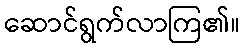
ဆောင်ရွက်လာကြ၏။